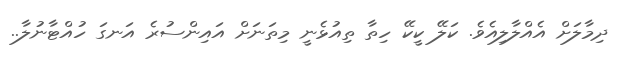
ދިމާލަށް އެއްލާލިއެވެ. ކަލޭ ކީކޭ ހިތާ ތިއުޅެނީ މިތަނަށް އައިންސުރެ އަނގަ ހުއްޓާނުލާ..